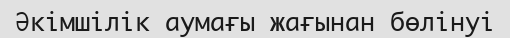
Әкімшілік аумағы жағынан бөлінуі